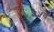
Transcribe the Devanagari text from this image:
५५वें